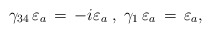
\begin{align*} \gamma_{34}\, \varepsilon_a\,=\,-i\varepsilon_a\;,\;\gamma_{1}\,\varepsilon_a\,=\,\varepsilon_a,\end{align*}